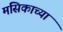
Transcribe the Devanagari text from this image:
मसिकाच्या